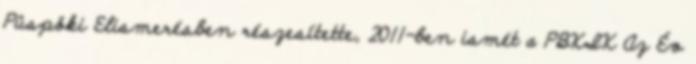
Püspöki Elismerésben részesítette, 2011-ben ismét a PBKIK Az Év